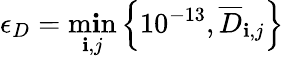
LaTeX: \epsilon_{D}=\operatorname*{m\mathbf{i}n}_{\mathbf{i},j}\left\{ 10^{-13},\overline{{{D}}}_{\mathbf{i},j}\right\}